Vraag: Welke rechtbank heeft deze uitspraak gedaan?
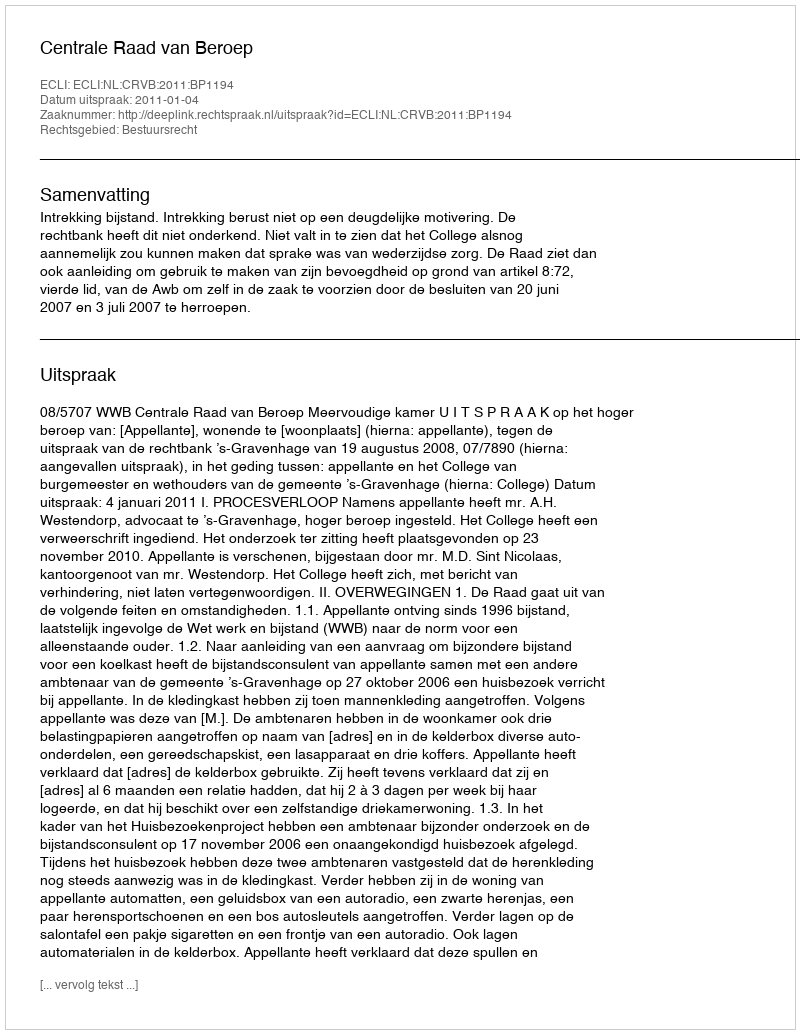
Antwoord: Centrale Raad van Beroep